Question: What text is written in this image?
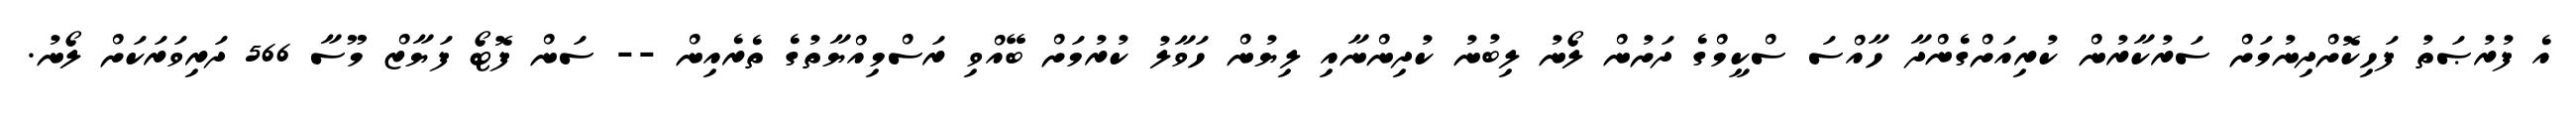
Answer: އެ ފުރުޞަތު ފަހިކޮށްދިނުމަށް ސަރުކާރުން ކުރިއަށްގެންދާ ހާއްސަ ސްކީމްގެ ދަށުން ލޯނު ލިބުނު ކުދިންނާއި ލިޔުން ހަވާލު ކުރުމަށް ބޭއްވި ރަސްމިއްޔާތުގެ ތެރެއިން -- ސަން ފޮޓޯ ފަޔާޒް މޫސާ 566 ދަރިވަރަކަށް ލޯނު.